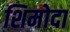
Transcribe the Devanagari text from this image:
शिमोदा